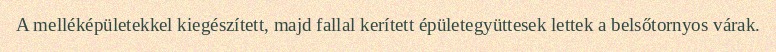
A melléképületekkel kiegészített, majd fallal kerített épületegyüttesek lettek a belsőtornyos várak.